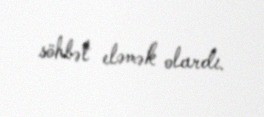
söhbət eləmək olardı.